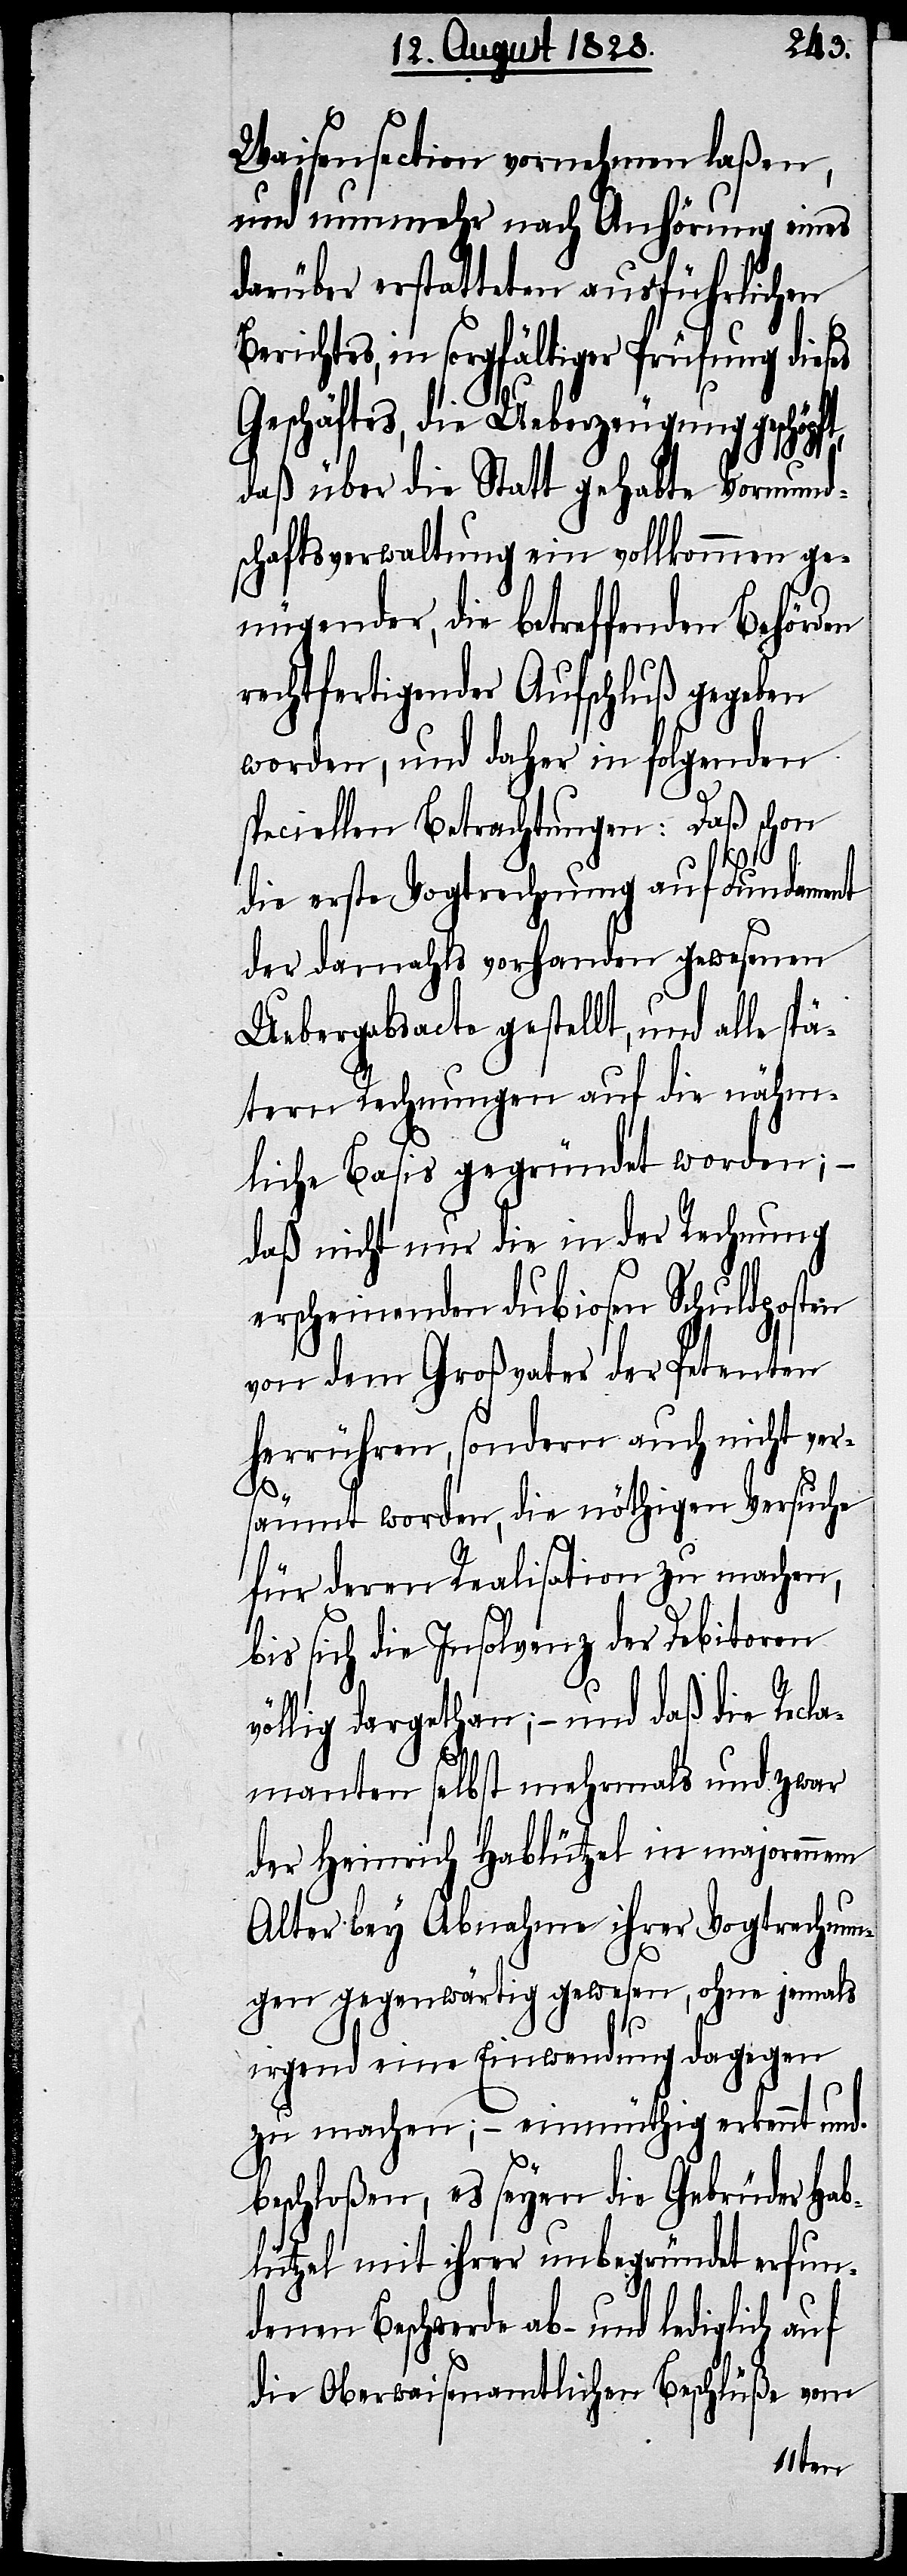
Waisensection vornehmen laßen,
und nunmehr nach Anhörung eines
darüber erstatteten ausführlichen
Geschäftes, die Ueberzeugung geschöpft,
daß über die Statt gehabte Vormund¬
schaftsverwaltung ein vollkommen ge¬
nügender, die betreffenden Behörden
rechtfertigender Aufschluß gegeben
worden, und daher in folgenden
speciellen Betrachtungen: Daß schon
die erste Vogtrechnung auf Fundament
der damahls vorhanden gewesenen
Uebergabsacte gestellt, und alle spä¬
tern Rechnungen auf die nähm¬
liche Basis gegründet worden; –
daß nicht nur die in der Rechnung
erscheinenden dubiosen Schuldposten
von dem Großvater der Petenten
herrühren, sondern auch nicht ver¬
säumt worden, die nöthigen Versuche
für deren Realisation zu machen,
bis sich die Insolvenz der Debitoren
völlig dargethan; – und daß die Recla¬
manten selbst mehrmahls und zwar
der Heinrich Hablützel in majorennem
Alter bey Abnahme ihrer Vogtrechnun¬
gen gegenwärtig gewesen, ohne jemals
irgend eine Einwendung dagegen
zu machen; – einmüthig erkennt und
beschloßen, es seyen die Gebrüder Hab¬
lützel mit ihrer unbegründet erfun¬
denen Beschwerde ab- und lediglich auf
die Oberwaisenamtlichen Beschlüße vom